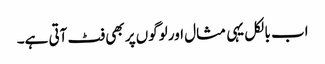
اب بالکل یہی مثال اور لوگوں پر بھی فٹ آتی ہے۔